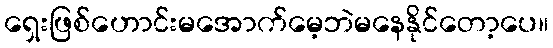
ရှေးဖြစ်ဟောင်းမအောက်မေ့ဘဲမနေနိုင်တော့ပေ။